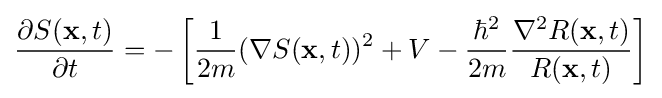
{\frac {\partial S(\mathbf {x} ,t)}{\partial t}}=-\left[{\frac {1}{2m}}(\nabla S(\mathbf {x} ,t))^{2}+V-{\frac {\hbar ^{2}}{2m}}{\frac {\nabla ^{2}R(\mathbf {x} ,t)}{R(\mathbf {x} ,t)}}\right]